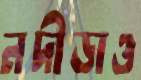
নদীডাও